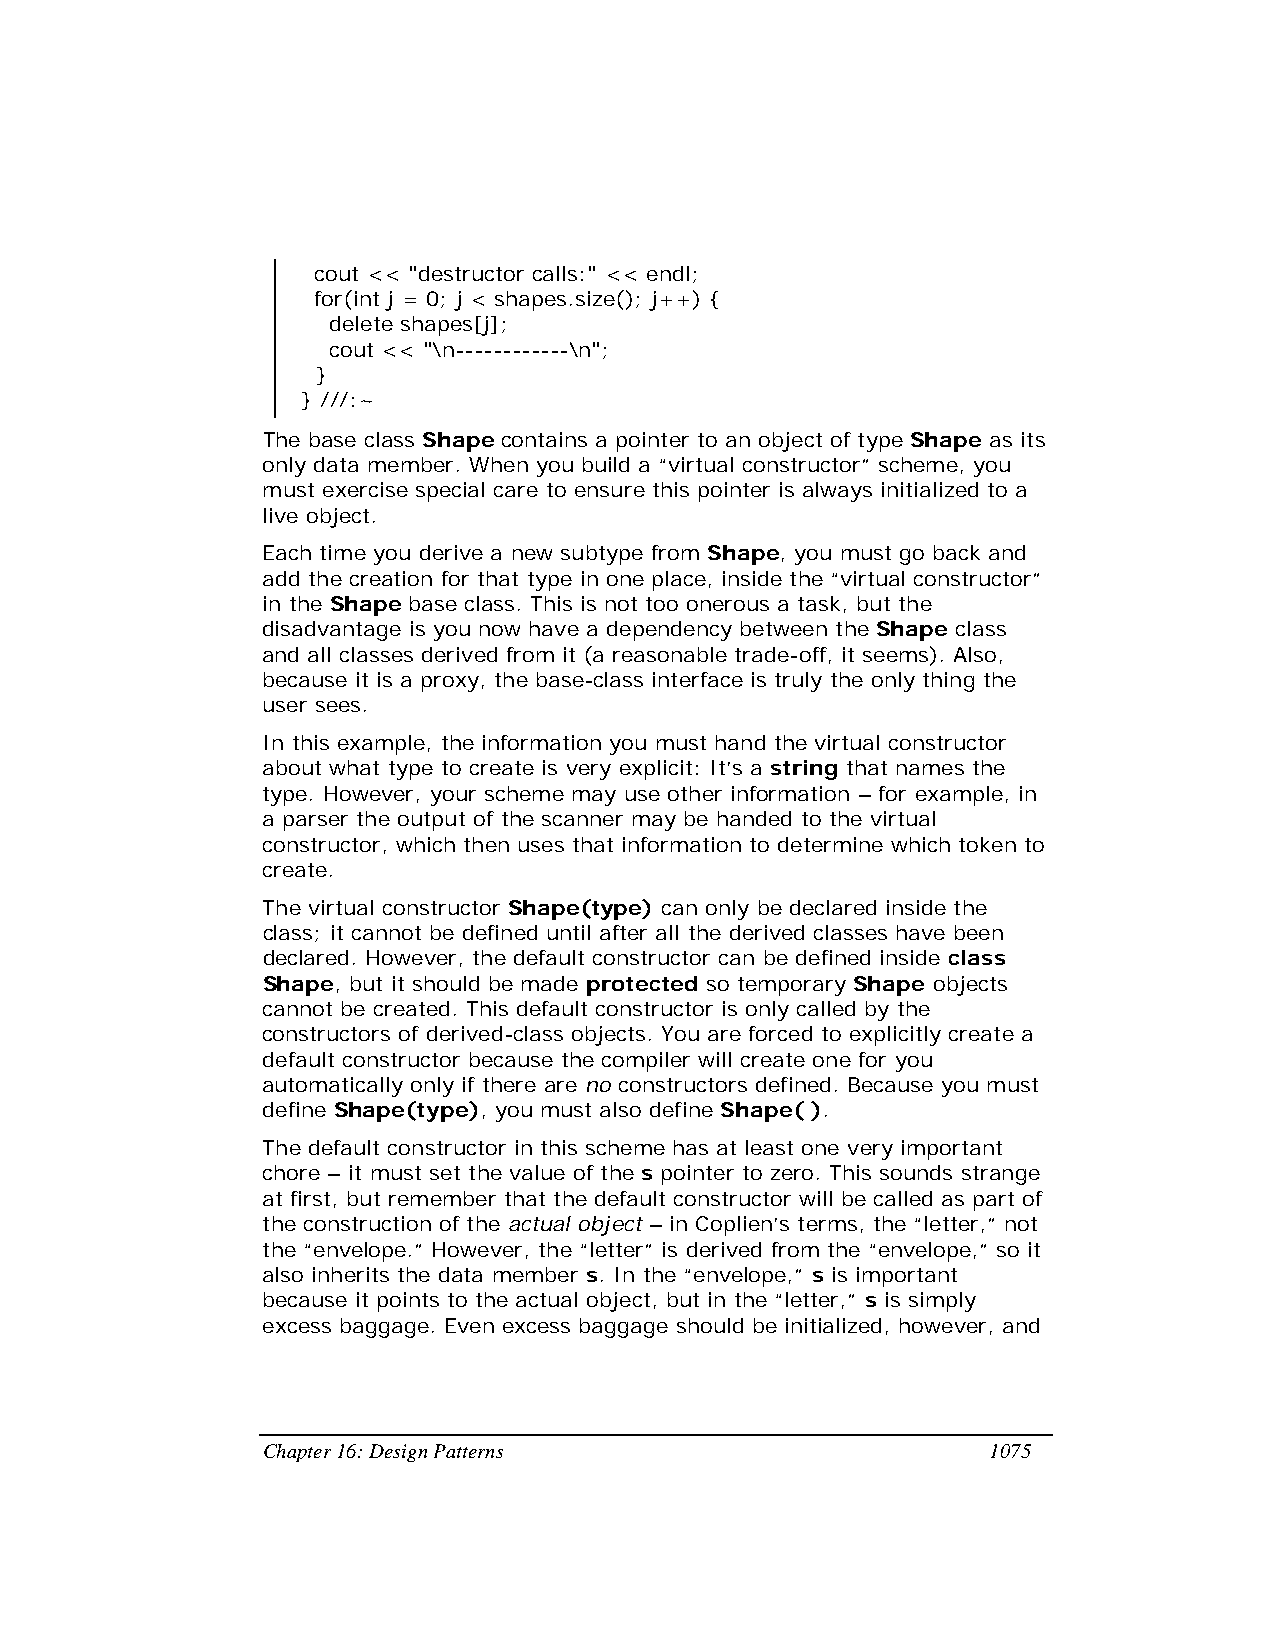
cout << "destructor calls:" << endl;
 for(int j = 0; j < shapes.size(); j++) {
 delete shapes[j];
 cout << "\n------------\n";
 }
 } ///:~
 The base class Shape contains a pointer to an object of type Shape as its
 only data member. When you build a “virtual constructor” scheme, you
 must exercise special care to ensure this pointer is always initialized to a
 live object.
 Each time you derive a new subtype from Shape, you must go back and
 add the creation for that type in one place, inside the “virtual constructor”
 in the Shape base class. This is not too onerous a task, but the
 disadvantage is you now have a dependency between the Shape class
 and all classes derived from it (a reasonable trade-off, it seems). Also,
 because it is a proxy, the base-class interface is truly the only thing the
 user sees.
 In this example, the information you must hand the virtual constructor
 about what type to create is very explicit: It’s a string that names the
 type. However, your scheme may use other information – for example, in
 a parser the output of the scanner may be handed to the virtual
 constructor, which then uses that information to determine which token to
 create.
 The virtual constructor Shape(type) can only be declared inside the
 class; it cannot be defined until after all the derived classes have been
 declared. However, the default constructor can be defined inside class
 Shape, but it should be made protected so temporary Shape objects
 cannot be created. This default constructor is only called by the
 constructors of derived-class objects. You are forced to explicitly create a
 default constructor because the compiler will create one for you
 automatically only if there are no constructors defined. Because you must
 define Shape(type), you must also define Shape( ).
 The default constructor in this scheme has at least one very important
 chore – it must set the value of the s pointer to zero. This sounds strange
 at first, but remember that the default constructor will be called as part of
 the construction of the actual object – in Coplien’s terms, the “letter,” not
 the “envelope.” However, the “letter” is derived from the “envelope,” so it
 also inherits the data member s. In the “envelope,” s is important
 because it points to the actual object, but in the “letter,” s is simply
 excess baggage. Even excess baggage should be initialized, however, and
 Chapter 16: Design Patterns                     1075